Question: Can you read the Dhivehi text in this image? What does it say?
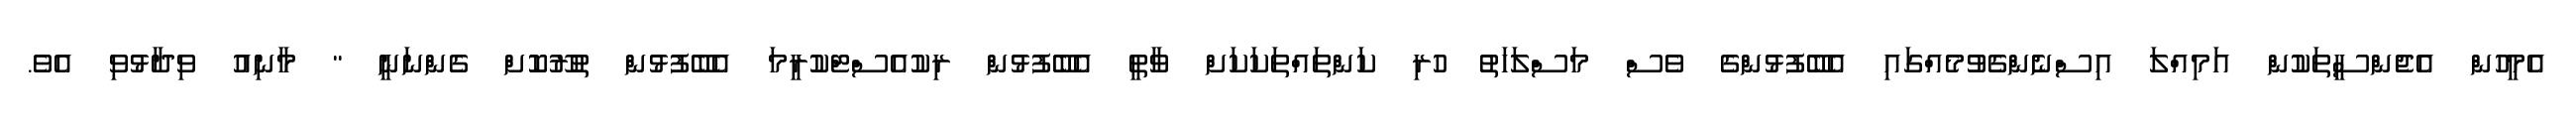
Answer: އެމީހުން އެޖެންސީތަކުން އަމިއްލަ އިސްނެންގެވުމެއްގައި އެބޭފުޅުންގެ ވެސް މަސްލަހަތު ހުރި ކަންތައްތަކަކަށް ވާތީ އެބޭފުޅުން ރިކުއެސްޓްކުރީމަ އެބޭފުޅުން ތުރޫކޮށް ގެންނަނީ " މާނިއު ވިދާޅުވި އެވެ.